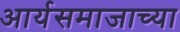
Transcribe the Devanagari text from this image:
आर्यसमाजाच्या